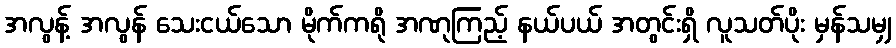
အလွန့် အလွန် သေးငယ်သော မိုက်ကရို အဏုကြည့် နယ်ပယ် အတွင်းရှိ လူသတ်ပိုး မှန်သမျှ